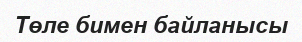
Төле бимен байланысы